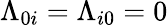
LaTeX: \Lambda_{0i}=\Lambda_{i0}=0